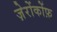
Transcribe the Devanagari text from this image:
ज़ेरोंकोंफ़